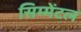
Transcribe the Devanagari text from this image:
सिम्मेंटल